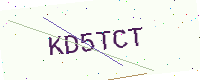
Text: KD5TCT